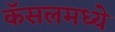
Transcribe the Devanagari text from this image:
कॅसलमध्ये